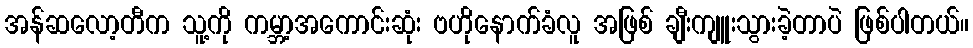
အန်ဆလော့တီက သူ့ကို ကမ္ဘာ့အကောင်းဆုံး ဗဟိုနောက်ခံလူ အဖြစ် ချီးကျူးသွားခဲ့တာပဲ ဖြစ်ပါတယ်။